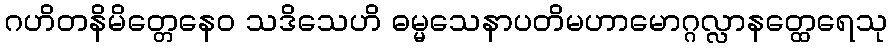
ဂဟိတနိမိတ္တေနေဝ သဒိသေဟိ ဓမ္မသေနာပတိမဟာမောဂ္ဂလ္လာနတ္ထေရေသု